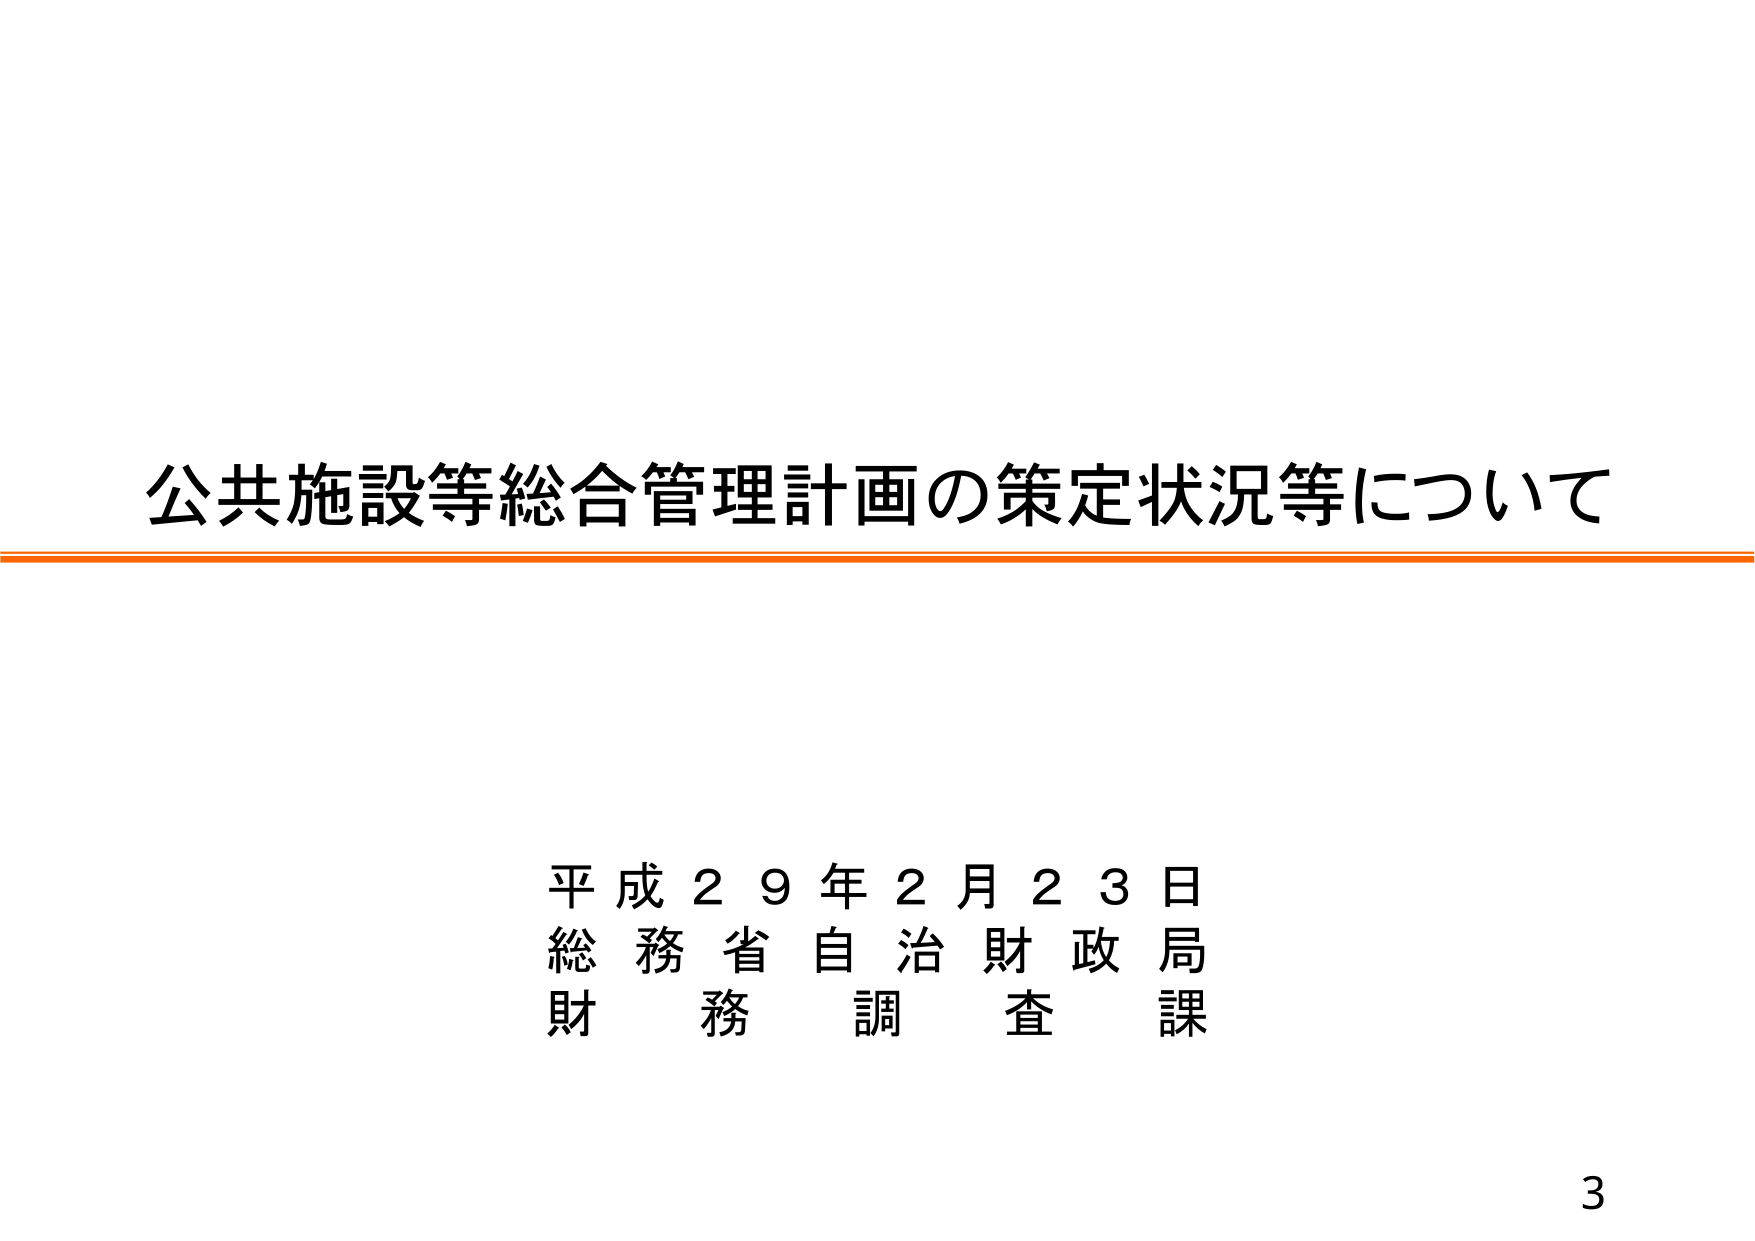
公共施設等総合管理計画の策定状況等について

平成２９年２月２３日
総務省自治財政局
財務調査課

3